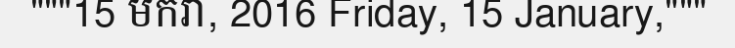
"""15 មករា, 2016 Friday, 15 January,"""